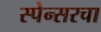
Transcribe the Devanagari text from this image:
स्पेन्सरचा